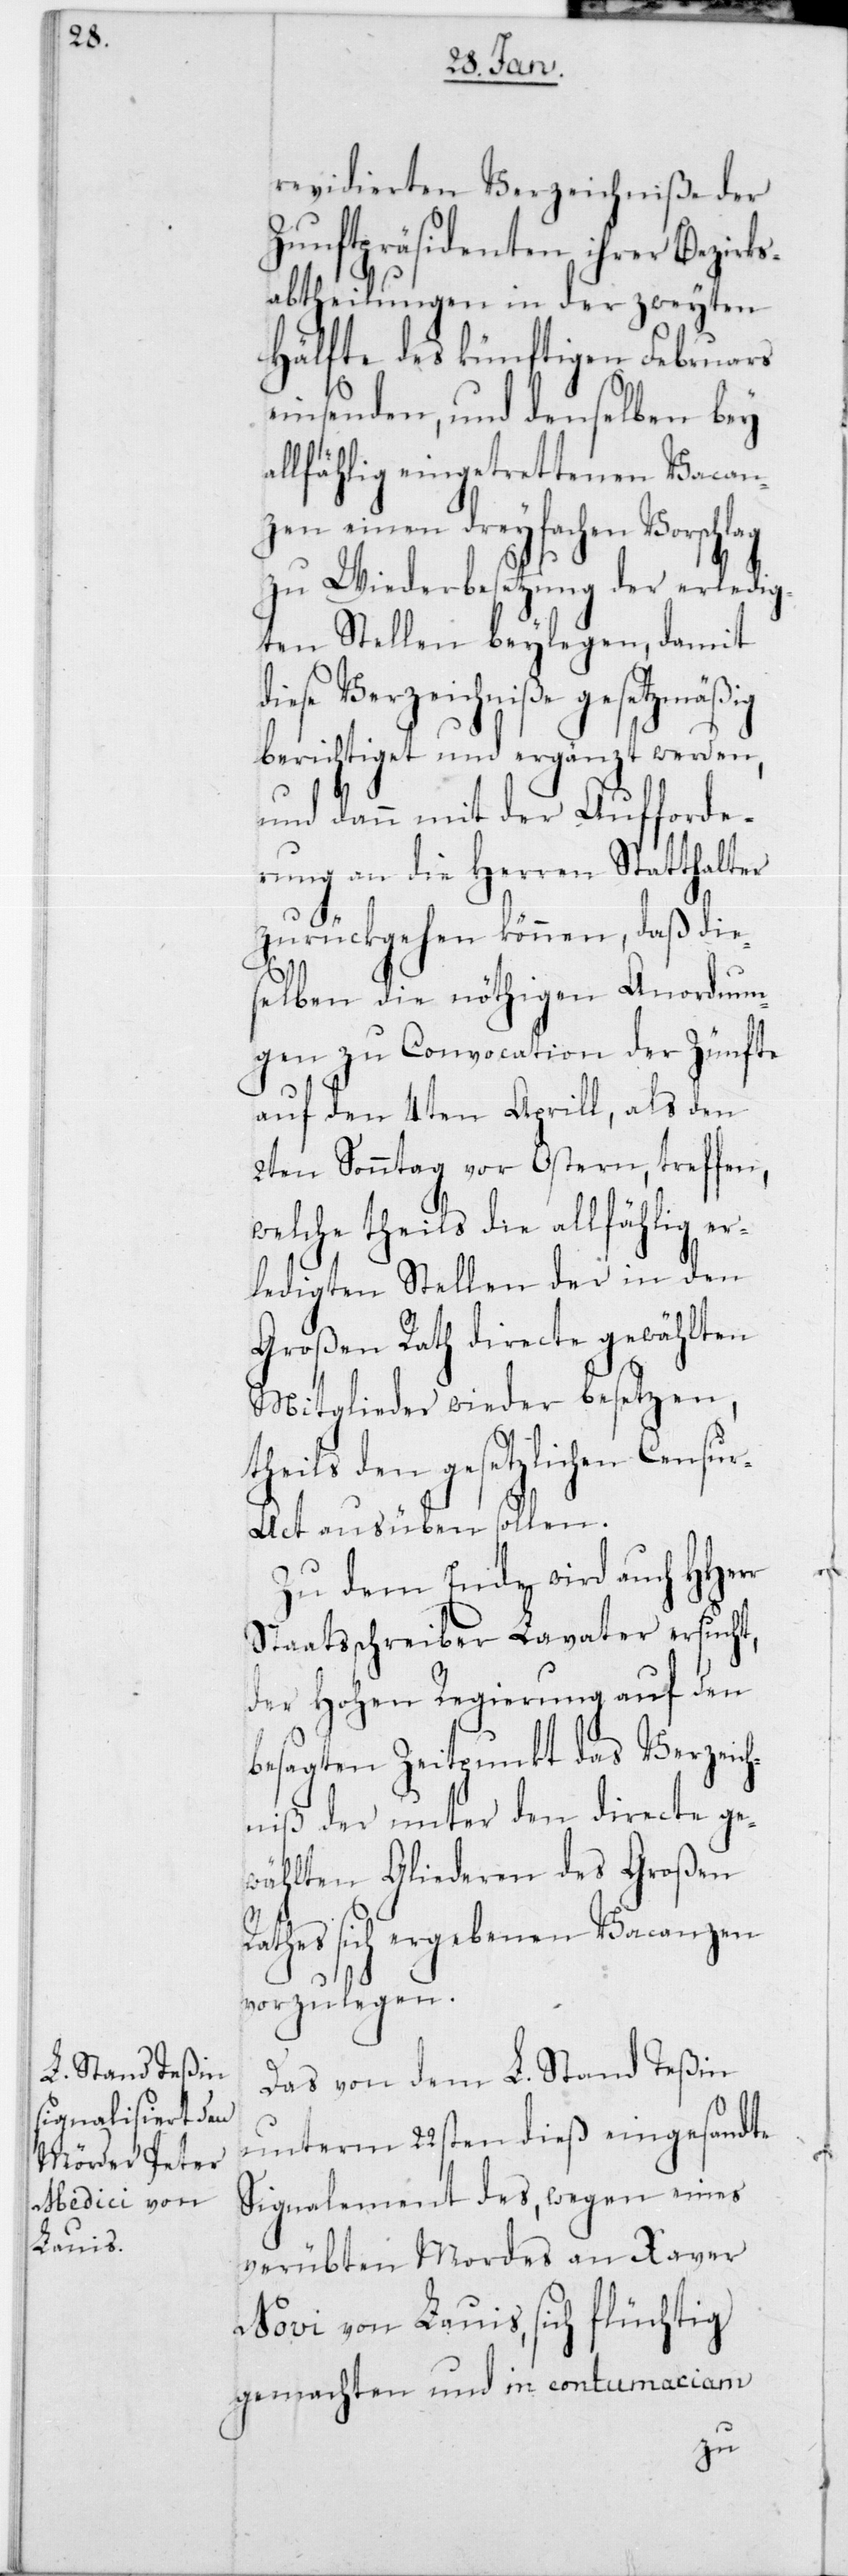
revidierten Verzeichniße der
Zunftpräsidenten ihrer Bezirks¬
abtheilungen in der zweyten
Hälfte des künftigen Februars
einsenden, und denselben bey
allfählig eingetrettenen Vacan¬
zen einen dreyfachen Vorschlag
zu Wiederbesetzung der erledig¬
ten Stellen beylegen, damit
diese Verzeichniße gesetzmäßig
berichtiget und ergänzt werden,
und dann mit der Aufforde¬
rung an die Herren Statthalter
zurückgehen können, daß die¬
selben die nöthigen Anordnun¬
gen zu Convocation der Zünfte
auf den 4ten Aprill, als den
2ten Sonntag vor Ostern, treffen,
welche theils die allfählig er¬
ledigten Stellen der in den
Großen Rath directe gewählten
Mitglieder wieder besetzen,
theils den gesetzlichen Censu¬
r-Act ausüben sollen.
Zu dem Ende wird auch
Staatsschreiber Lavater ersucht,
der Hohen Regierung auf den
besagten Zeitpunkt das Verzeich¬
niß der unter den directe ge¬
wählten Gliederen des Großen
Rathes sich ergebenen Vacanzen
vorzulegen.
Das von dem L. Stand Teßin
unterm 22sten dieß eingesandte
Signalement des, wegen eines
verübten Mordes an Xaver
Novi von Lauis, sich flüchtig
gemachten und in contumaciam